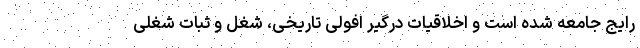
رایج جامعه شده است و اخلاقیات درگیر افولی تاریخی، شغل و ثبات شغلی